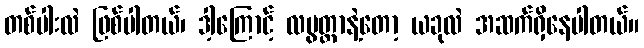
တစ်ပါးလဲ ဖြစ်ပါတယ်၊ ဒါ့ကြောင့် လပွတ္တာနဲ့တော့ ယခုလဲ အဆက်ရှိနေပါတယ်။